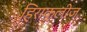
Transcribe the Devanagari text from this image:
हिराक्लीज